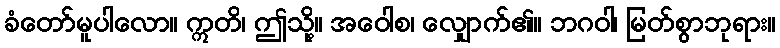
ခံတော်မူပါလော။ ဣတိ၊ ဤသို့။ အဝေါစ၊ လျှောက်၏။ ဘဂဝါ၊ မြတ်စွာဘုရား။